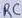
Text: RC